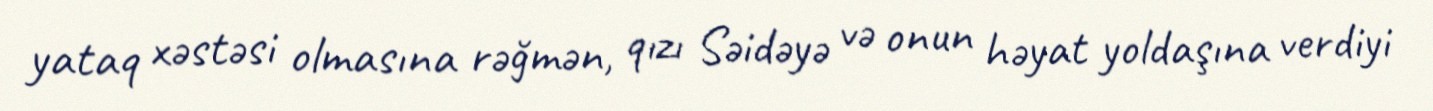
yataq xəstəsi olmasına rəğmən, qızı Səidəyə və onun həyat yoldaşına verdiyi